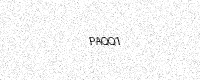
Text: PAQQ1